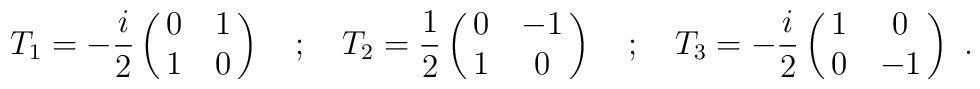
T_1 = -{i \over 2} \pmatrix{0 & 1 \cr 1 & 0} ~~~;~~~ T_2 = {1\over 2} \pmatrix{0 & -1 \cr 1 & 0} ~~~;~~~ T_3 = -{i \over 2} \pmatrix{1 & 0 \cr 0 & -1} \ .